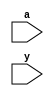
`timescale 1ns / 1ps
//////////////////////////////////////////////////////////////////////////////////
// Company: 
// Engineer: 
// 
// Design Name: 
// Module Name: bcdtodec
// Project Name: 
// Target Devices: 
// Tool Versions: 
// Description: 
// 
// Dependencies: 
// 
// Revision:
// Revision 0.01 - File Created
// Additional Comments:
// 
//////////////////////////////////////////////////////////////////////////////////


module bcdtodec(
 input [3:0] a,
    input [9:0] y
    );
    wire a0,a1,a2,a3;
    not w1(a0,a[0]);
    not w2(a1,a[1]);
    not w3(a2,a[2]);
    not w4(a3,a[3]);
    and w5(y[0],a0,a1,a2,a3);
    and w6(y[1],a[0],a1,a2,a3);
    and w7(y[2],a2,a[1],a0);
    and w8(y[3],a2,a[0],a[1]);
    and w9(y[4],a[2],a1,a0);
    and w10(y[5],a[2],a1,a[0]);
    and w11(y[6],a[2],a[1],a0);
    and w12(y[7],a[1],a[2],a[0]);
    and w13(y[8],a[3],a0);
    and w14(y[9],a[3],a[0]);
endmodule